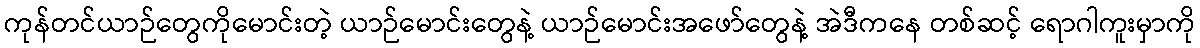
ကုန်တင်ယာဉ်တွေကိုမောင်းတဲ့ ယာဉ်မောင်းတွေနဲ့ ယာဉ်မောင်းအဖော်တွေနဲ့ အဲဒီကနေ တစ်ဆင့် ရောဂါကူးမှာကို